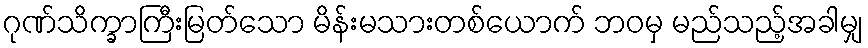
ဂုဏ်သိက္ခာကြီးမြတ်သော မိန်းမသားတစ်ယောက် ဘဝမှ မည်သည့်အခါမျှ